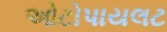
ઓટોપાયલટ